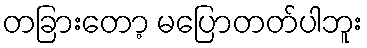
တခြားတော့ မပြောတတ်ပါဘူး